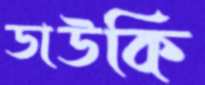
ডাউকি